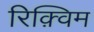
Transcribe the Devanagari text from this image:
रिक़्विम